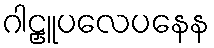
ဂါဠှူပလေပနေန